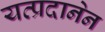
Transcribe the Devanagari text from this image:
यत्प्रदानेन